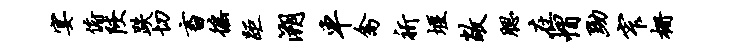
宴俯陕跌切畜徭距溯车禽祈堰敞腮在帽黝窄栅